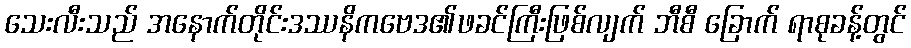
သေးလီးသည် အနောက်တိုင်းဒဿနိကဗေဒ၏ဖခင်ကြီးဖြစ်လျက် ဘီစီ ခြောက် ရာစုခန့်တွင်